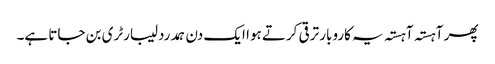
پھر آہستہ آہستہ یہ کاروبار ترقی کرتے ہوا ایک دن ہمدرد لیبارٹری بن جاتا ہے۔